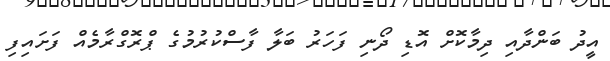
އީދު ބަންދާއި ދިމާކޮށް އޮޑި ދޯނި ފަހަރު ބަލާ ފާސްކުރުމުގެ ޕްރޮގްރާމެއް ފަށައިފި